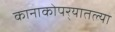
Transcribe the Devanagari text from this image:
कानाकोपर्‍यातल्या